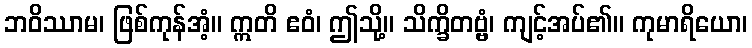
ဘဝိဿာမ၊ ဖြစ်ကုန်အံ့။ ဣတိ ဧဝံ၊ ဤသို့။ သိက္ခိတဗ္ဗံ၊ ကျင့်အပ်၏။ ကုမာရိယော၊